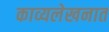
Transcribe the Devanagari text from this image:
काव्यलेखनात